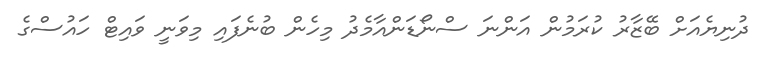
ދުނިޔެއަށް ބޭޒާރު ކުރަމުން އަންނަ ސްނޯޑަންއާމެދު މިހެން ބުނެފައި މިވަނީ ވައިޓް ހައުސްގެ